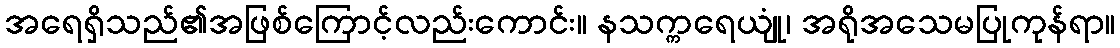
အရေရှိသည်၏အဖြစ်ကြောင့်လည်းကောင်း။ နသက္ကရေယျုံ၊ အရိုအသေမပြုကုန်ရာ။